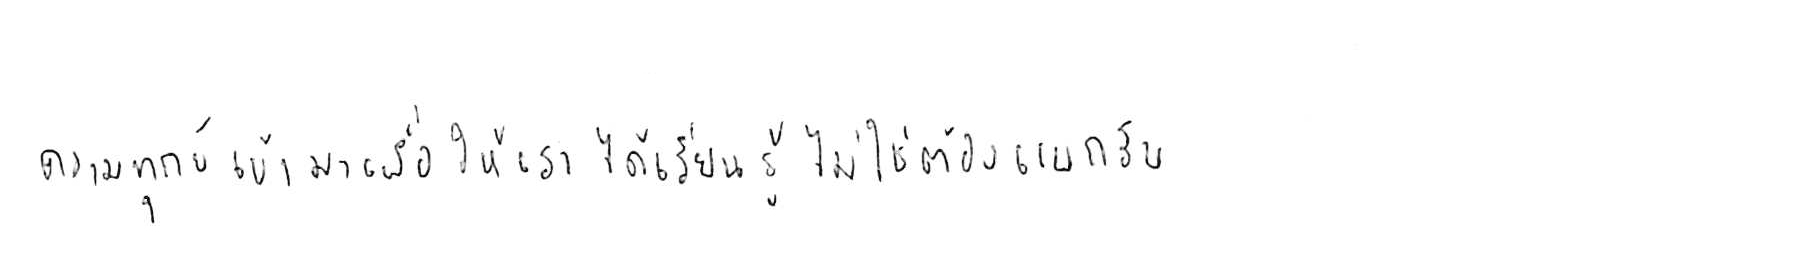
ความทุกข์ เข้ามาเพื่อให้เราได้ เรียนรู้ ไม่ใช่ต้อง แบกรับ